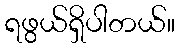
ရဖွယ်ရှိပါတယ်။